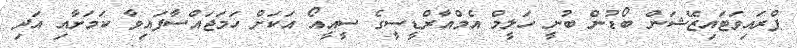
ޕްރައިވަޓައިޒޭޝަން ބޯޑުން ބުނީ ހަލީމް އެމްއާރްޑީސީގެ ސީއީއޯ އަކަށް ހަމަޖައްސާފައިވާ ކަމަށާއި އަދި